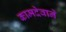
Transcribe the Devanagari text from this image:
कामदेवाने